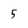
Character: 5